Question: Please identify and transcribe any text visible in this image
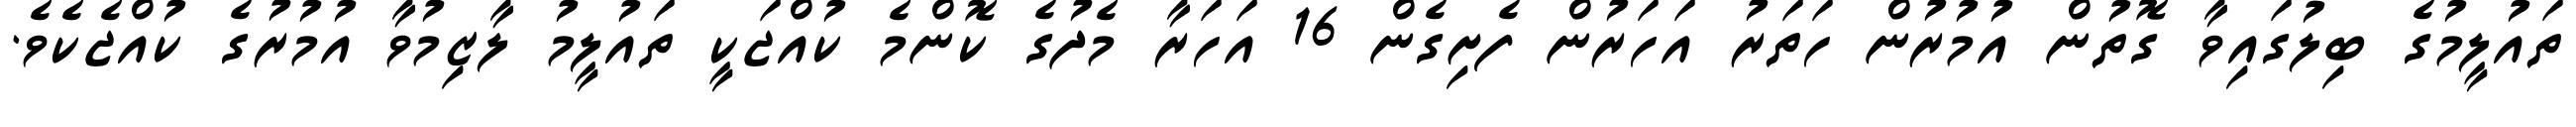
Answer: ތައުލީމުގެ ބިލުގައިވާ ގޮތުން އުމުރުން ހަތަރު އަހަރުން ފެށިގެން 16 އަހަރާ މެދުގެ ކޮންމެ ކުއްޖަކީ ތައުލީމު ލާޒިމުވާ އުމުރުގެ ކުއްޖެކެވެ.